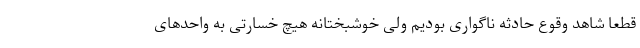
قطعا شاهد وقوع حادثه ناگواری بودیم ولی خوشبختانه هیچ خسارتی به واحدهای